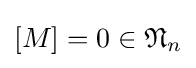
[M]=0\in {\mathfrak {N}}_{n}